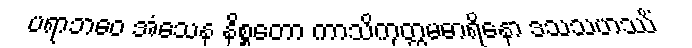
ပရာဘဝေ အံသေန နိစ္စတော ကာသိကုတ္တမဓာရိနော ဒသသဟဿိံ